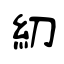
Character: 糿